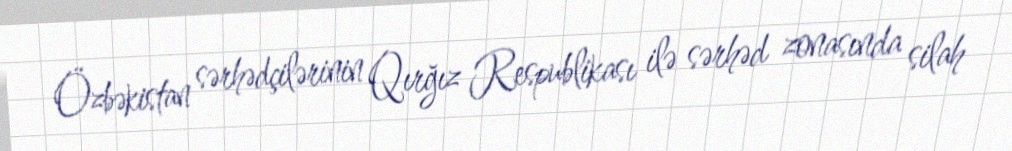
Özbəkistan sərhədçilərinin Qırğız Respublikası ilə sərhəd zonasında silah